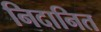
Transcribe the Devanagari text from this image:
निदानित